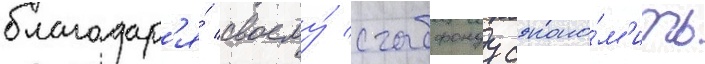
благодар'я́ своему́ стабфонду сэконо́м'ить